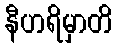
နီဟရိမှာတိ